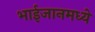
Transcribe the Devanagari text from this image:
भाईजानमध्ये